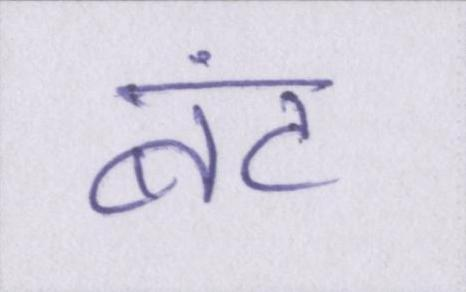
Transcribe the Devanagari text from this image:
बंट